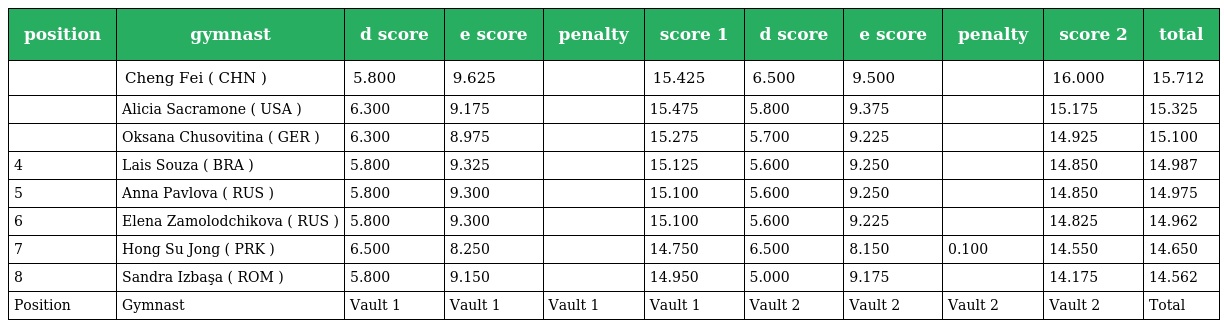
| position | gymnast | d score | e score | penalty | score 1 | d score | e score | penalty | score 2 | total |
 | --- | --- | --- | --- | --- | --- | --- | --- | --- | --- | --- |
 |  | Cheng Fei ( CHN ) | 5.800 | 9.625 |  | 15.425 | 6.500 | 9.500 |  | 16.000 | 15.712 |
 |  | Alicia Sacramone ( USA ) | 6.300 | 9.175 |  | 15.475 | 5.800 | 9.375 |  | 15.175 | 15.325 |
 |  | Oksana Chusovitina ( GER ) | 6.300 | 8.975 |  | 15.275 | 5.700 | 9.225 |  | 14.925 | 15.100 |
 | 4 | Lais Souza ( BRA ) | 5.800 | 9.325 |  | 15.125 | 5.600 | 9.250 |  | 14.850 | 14.987 |
 | 5 | Anna Pavlova ( RUS ) | 5.800 | 9.300 |  | 15.100 | 5.600 | 9.250 |  | 14.850 | 14.975 |
 | 6 | Elena Zamolodchikova ( RUS ) | 5.800 | 9.300 |  | 15.100 | 5.600 | 9.225 |  | 14.825 | 14.962 |
 | 7 | Hong Su Jong ( PRK ) | 6.500 | 8.250 |  | 14.750 | 6.500 | 8.150 | 0.100 | 14.550 | 14.650 |
 | 8 | Sandra Izbaşa ( ROM ) | 5.800 | 9.150 |  | 14.950 | 5.000 | 9.175 |  | 14.175 | 14.562 |
 | Position | Gymnast | Vault 1 | Vault 1 | Vault 1 | Vault 1 | Vault 2 | Vault 2 | Vault 2 | Vault 2 | Total |